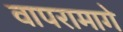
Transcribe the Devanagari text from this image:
वापरामागे